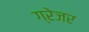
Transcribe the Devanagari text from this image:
ग्रेजर